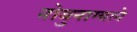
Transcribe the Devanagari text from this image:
नोबुनाग्याने